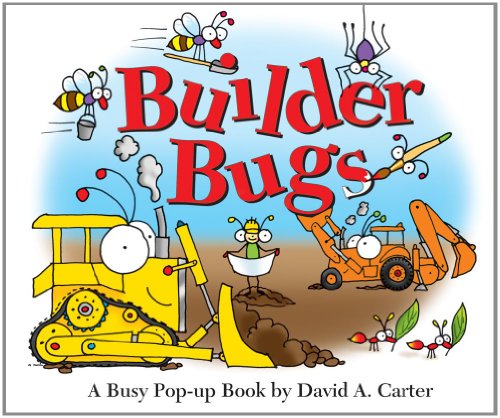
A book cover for Builder Bugs: A Busy Pop-up Book; David  A. Carter; Children's Books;